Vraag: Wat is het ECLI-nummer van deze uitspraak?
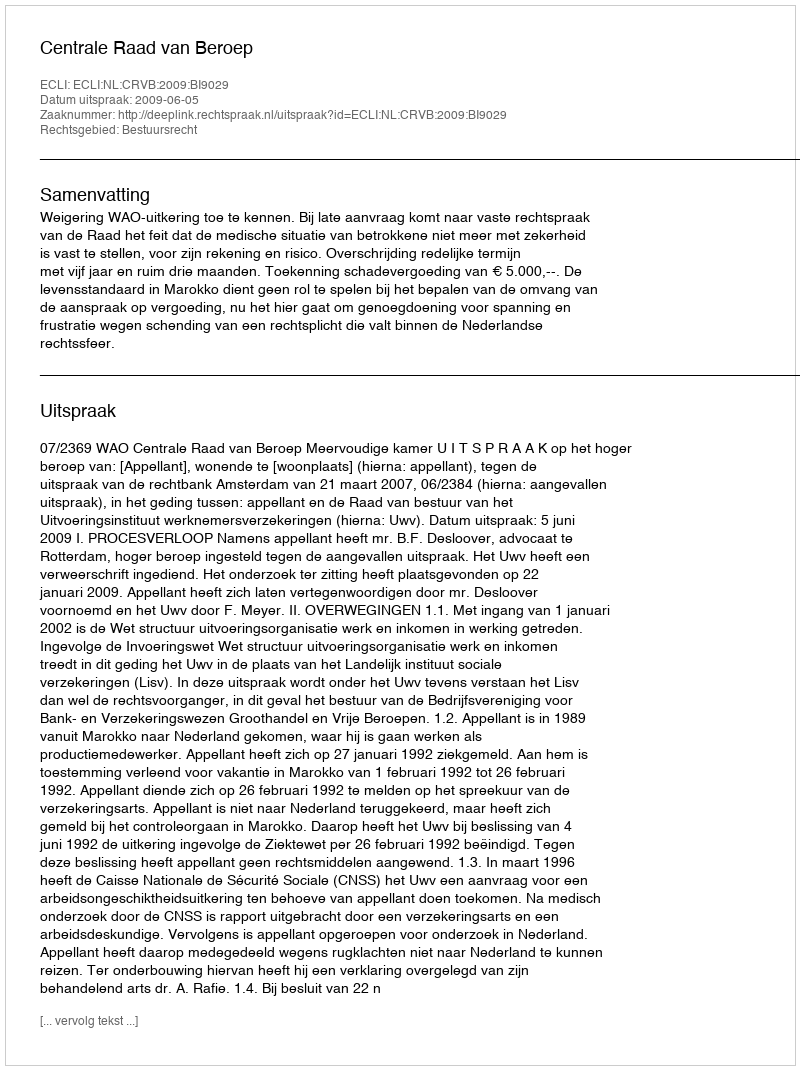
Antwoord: ECLI:NL:CRVB:2009:BI9029